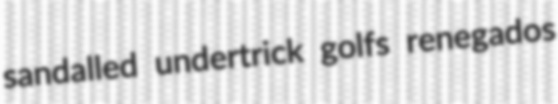
sandalled undertrick golfs renegados